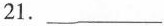
21.___